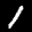
Label: 1